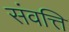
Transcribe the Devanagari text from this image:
संवत्ति